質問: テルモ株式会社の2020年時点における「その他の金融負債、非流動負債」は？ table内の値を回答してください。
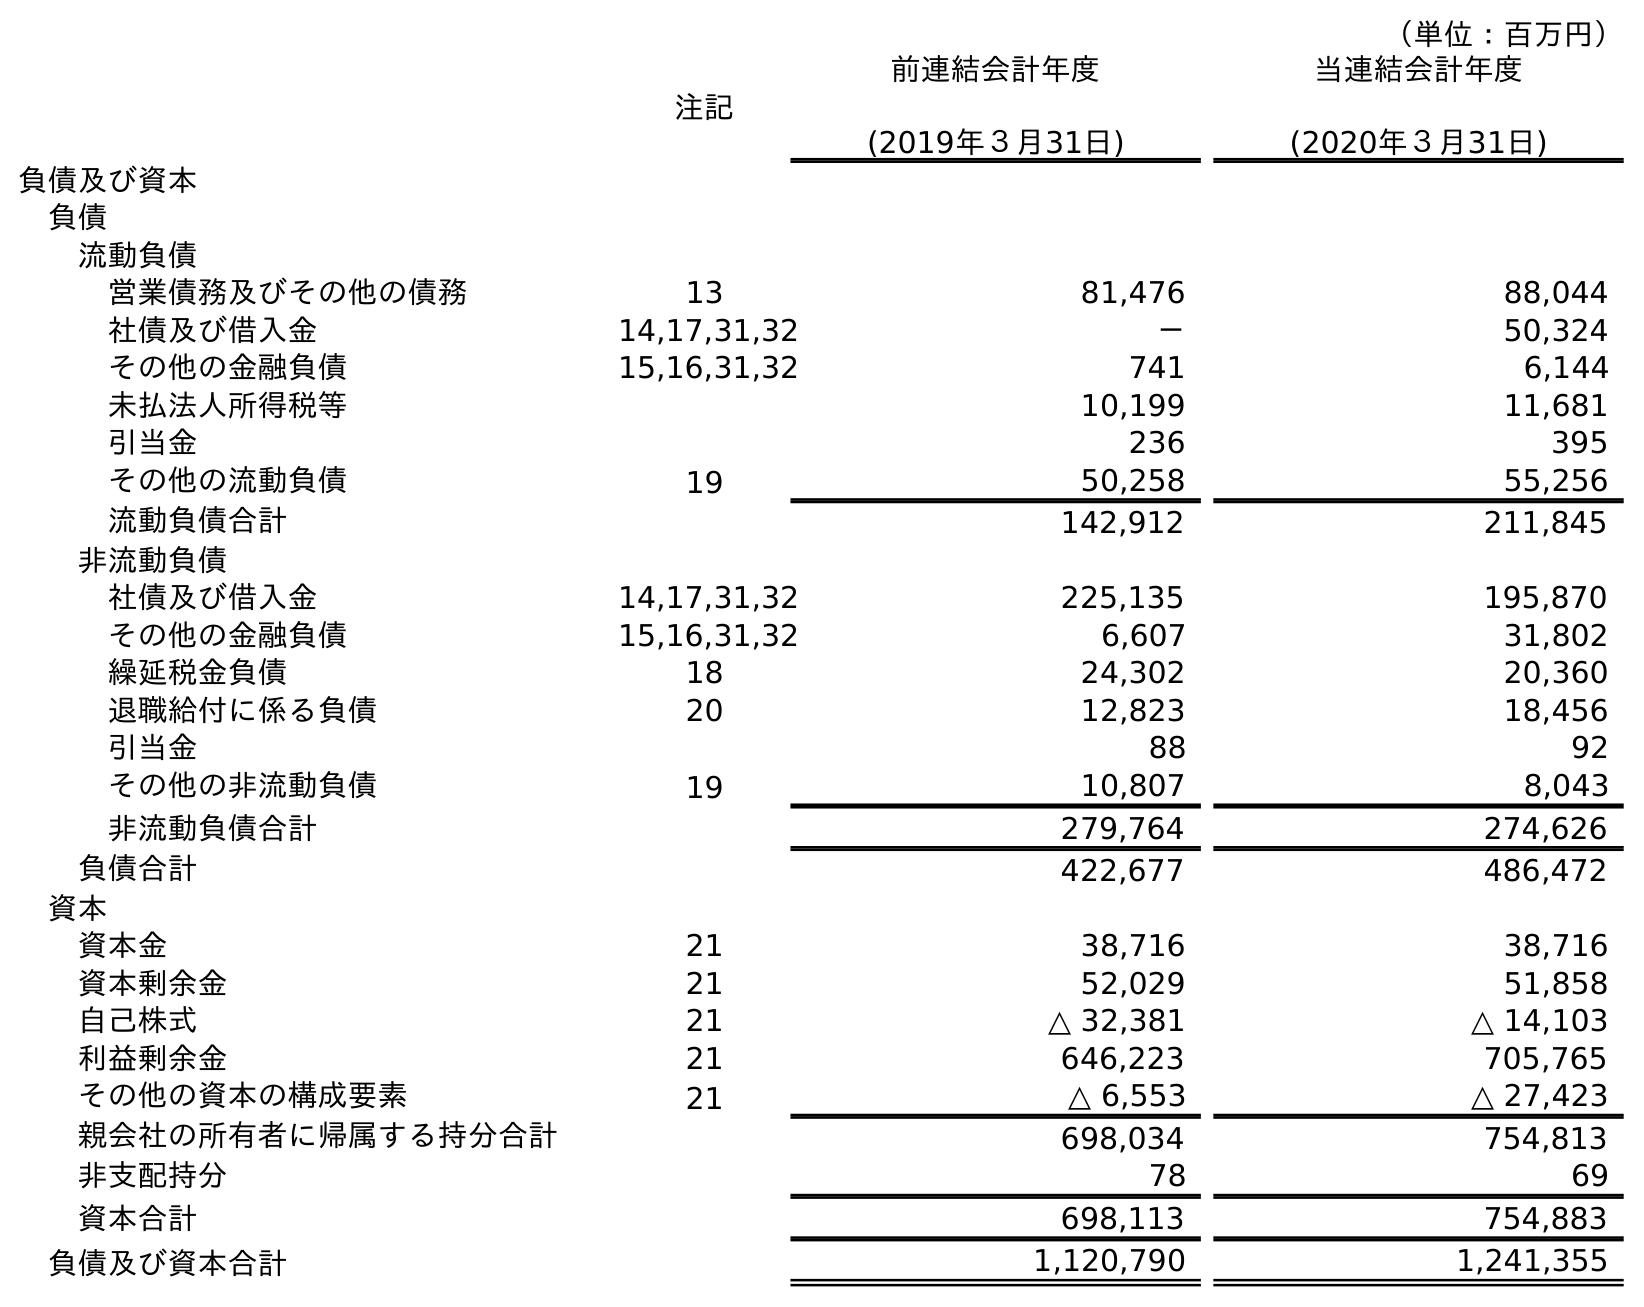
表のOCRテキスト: （単位：百万円） 注記 前連結会計年度 (2019年３月31日) 当連結会計年度 (2020年３月31日) 負債及び資本 負債 流動負債 営業債務及びその他の債務 13 81,476 88,044 社債及び借入金 14,17,31,32 － 50,324 その他の金融負債 15,16,31,32 741 6,144 未払法人所得税等 10,199 11,681 引当金 236 395 その他の流動負債 19 50,258 55,256 流動負債合計 142,912 211,845 非流動負債 社債及び借入金 14,17,31,32 225,135 195,870 その他の金融負債 15,16,31,32 6,607 31,802 繰延税金負債 18 24,302 20,360 退職給付に係る負債 20 12,823 18,456 引当金 88 92 その他の非流動負債 19 10,807 8,043 非流動負債合計 279,764 274,626 負債合計 422,677 486,472 資本 資本金 21 38,716 38,716 資本剰余金 21 52,029 51,858 自己株式 21 △ 32,381 △ 14,103 利益剰余金 21 646,223 705,765 その他の資本の構成要素 21 △ 6,553 △ 27,423 親会社の所有者に帰属する持分合計 698,034 754,813 非支配持分 78 69 資本合計 698,113 754,883 負債及び資本合計 1,120,790 1,241,355
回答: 31,802